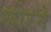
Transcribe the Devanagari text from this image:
जोरने